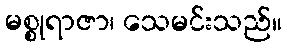
မစ္စုရာဇာ၊ သေမင်းသည်။